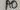
Text: A0